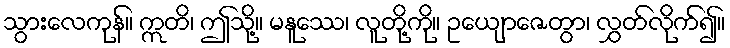
သွားလေကုန်။ ဣတိ၊ ဤသို့။ မနူဿေ၊ လူတို့ကို။ ဥယျောဇေတွာ၊ လွှတ်လိုက်၍။